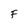
Character: F